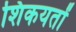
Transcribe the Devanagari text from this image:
शिकयतों